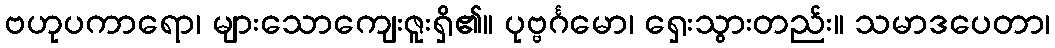
ဗဟုပကာရော၊ များသောကျေးဇူးရှိ၏။ ပုဗ္ဗင်္ဂမော၊ ရှေးသွားတည်း။ သမာဒပေတာ၊